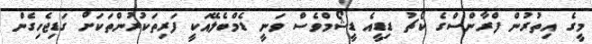
މީގެ އިތުރުން ފްރާންސްގެ ކޯޗު ޑިޑީއެ ޑީޝޯމްވެސް ވަނީ ޑެމްބެލޭއަކީ ފަރިތަކުރުންތަކަށް ގަޑިޖެހިގެން